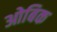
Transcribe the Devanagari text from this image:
ओबिक